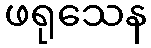
ဖရုသေန